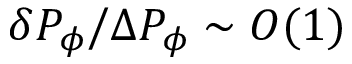
\delta P _ { \phi } / \Delta P _ { \phi } \sim { \cal O } ( 1 )